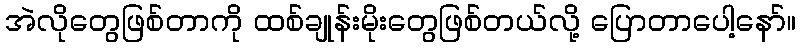
အဲလိုတွေဖြစ်တာကို ထစ်ချုန်းမိုးတွေဖြစ်တယ်လို့ ပြောတာပေါ့နော်။